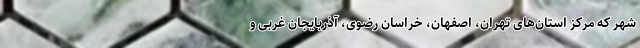
شهر که مرکز استان‌های تهران، اصفهان، خراسان رضوی، آذربایجان غربی و